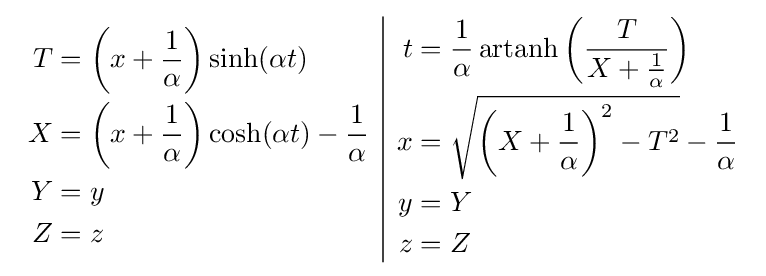
{\begin{array}{c|c}{\begin{aligned}T&=\left(x+{\frac {1}{\alpha }}\right)\sinh(\alpha t)\\X&=\left(x+{\frac {1}{\alpha }}\right)\cosh(\alpha t)-{\frac {1}{\alpha }}\\Y&=y\\Z&=z\end{aligned}}&{\begin{aligned}t&={\frac {1}{\alpha }}\operatorname {artanh} \left({\frac {T}{X+{\frac {1}{\alpha }}}}\right)\\x&={\sqrt {\left(X+{\frac {1}{\alpha }}\right)^{2}-T^{2}}}-{\frac {1}{\alpha }}\\y&=Y\\z&=Z\end{aligned}}\end{array}}